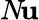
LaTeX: N\! \mathbf{u}